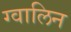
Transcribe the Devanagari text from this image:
ग्वालिन